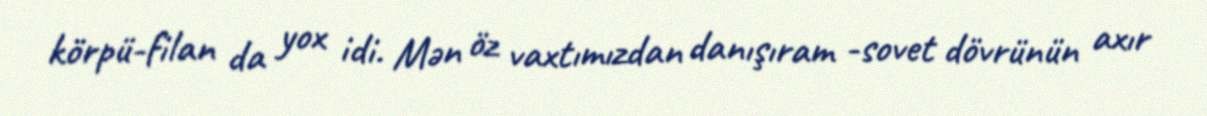
körpü-filan da yox idi. Mən öz vaxtımızdan danışıram -sovet dövrünün axır